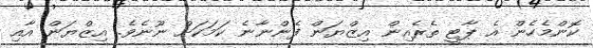
ކޮންމެހެން އެ ޕާޓީ ތެރެއިން އިޒްޔަން ފެންނާނެ ކަމަކަށް ނޫނެވެ. އިޒްޔަން އާއި